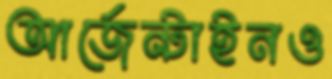
আর্জেন্টাইনও